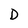
Character: D